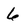
Character: 6